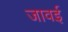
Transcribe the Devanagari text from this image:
जावई